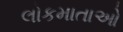
લોકમાતાઓ